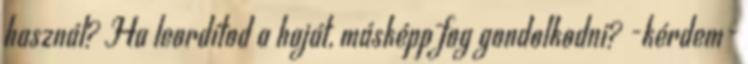
használ? Ha leordítod a haját, másképp fog gondolkodni? -kérdem-